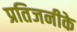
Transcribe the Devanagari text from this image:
प्रतिजनीके